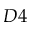
D 4